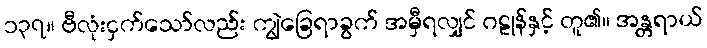
၁၃၇။ ဗီလုံးငှက်သော်လည်း ကျွဲခြေရာခွက် အမှီရလျှင် ဂဠုန်နှင့် တူ၏။ အန္တရာယ်